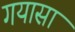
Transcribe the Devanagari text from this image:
गयासा